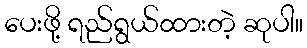
ပေးဖို့ ရည်ရွယ်ထားတဲ့ ဆုပါ။